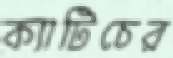
ক্যাটিচের